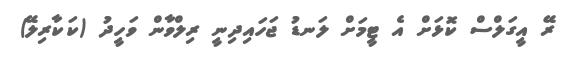
ރޭ އީގަލްސް ކޮޅަށް އެ ޓީމަށް ލަނޑު ޖަހައިދިނީ ރިލްވާން ވަހީދު (ކަކާރިލޭ)